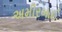
અમીરબાઈ